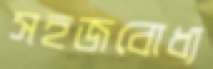
সহজবোধ্য